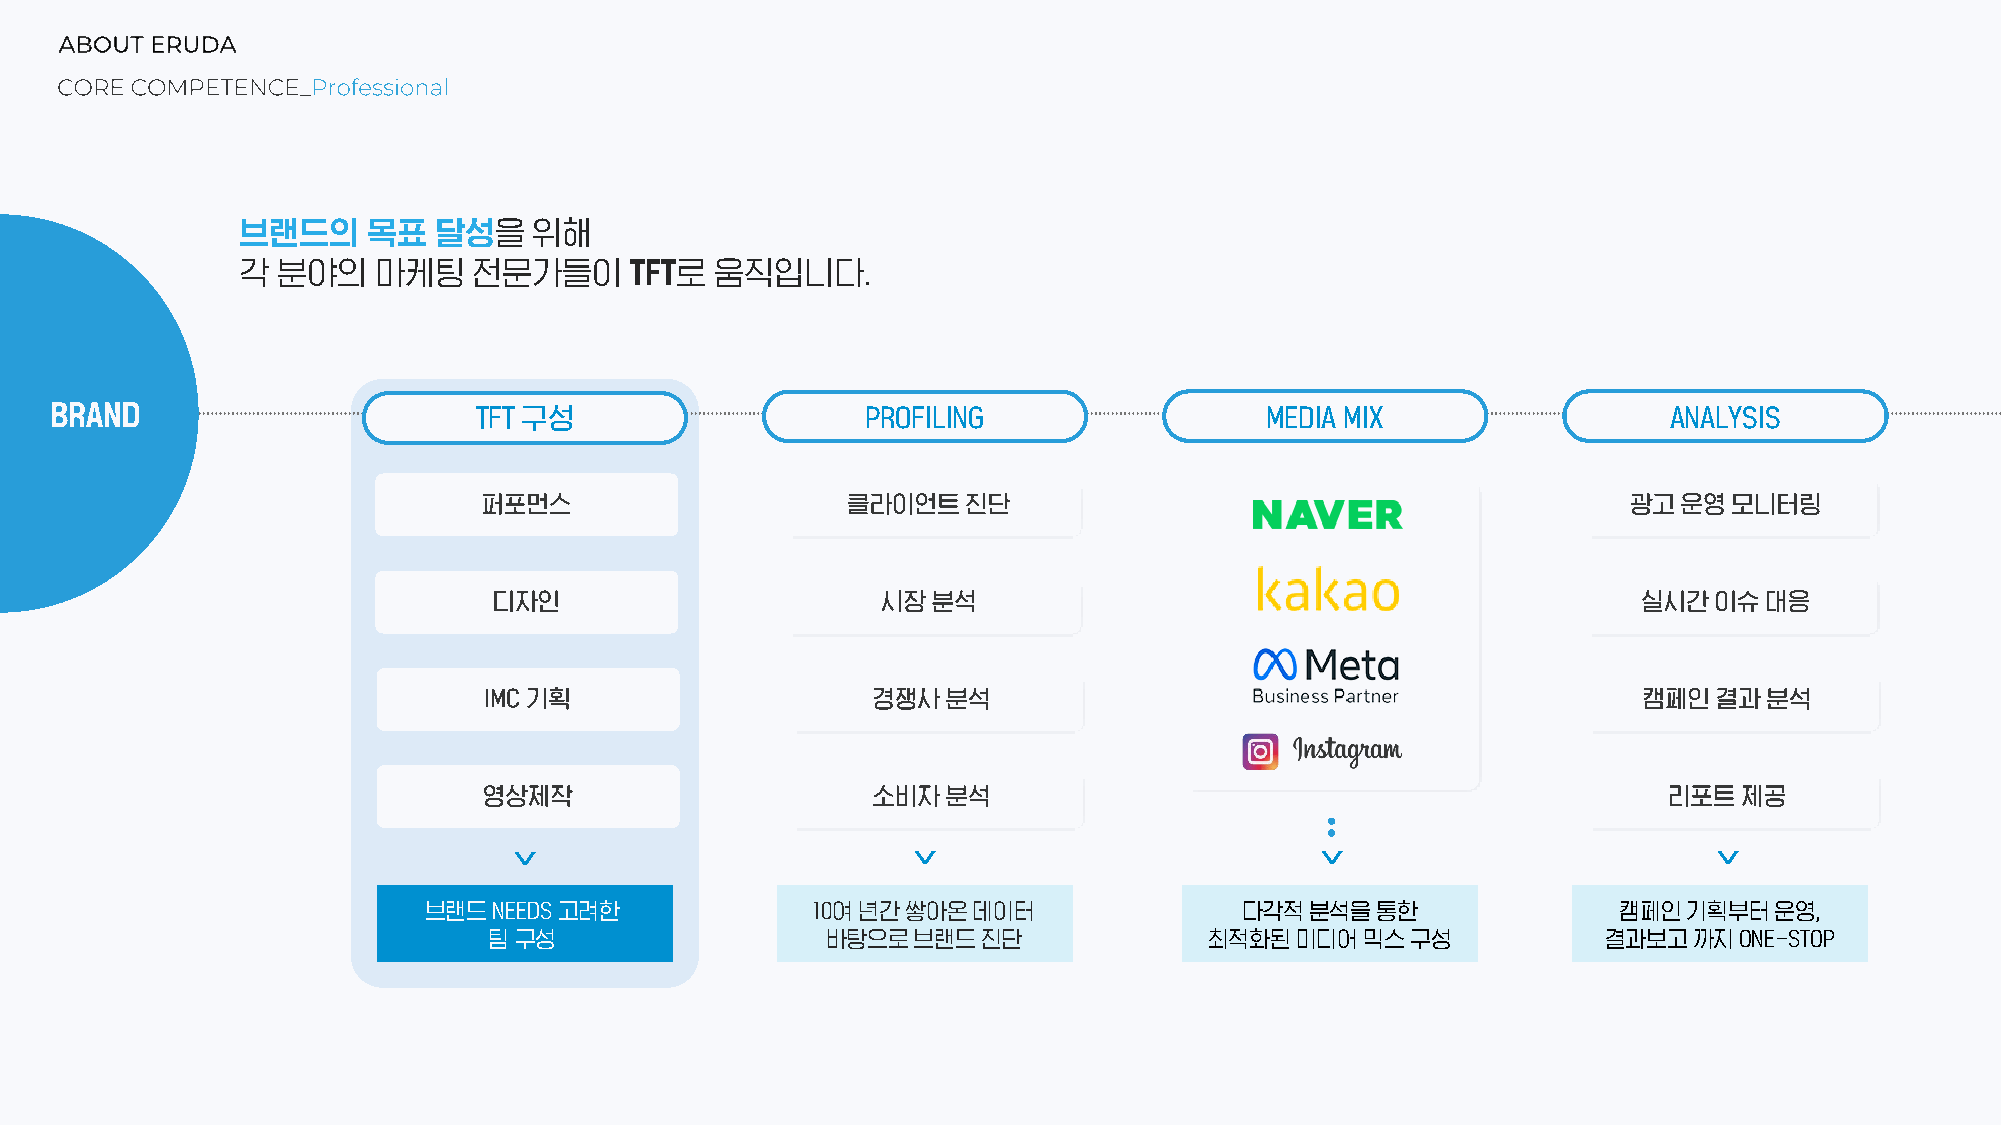
브랜드의    목표   달성을   위해
 각 분야의    마케팅   전문가들이      TFT로 움직입니다.
 TFT 구성                    PROFILING                  MEDIA MIX                 ANALYSIS
 브랜드NEEDS 고려한              10여년간쌓아온데이터                 다각적분석을통한                 캠페인기획부터운영,
 팀구성                    바탕으로브랜드진단                최적화된미디어믹스구성               결과보고까지ONE-STOP
 >                         >                          >                         >